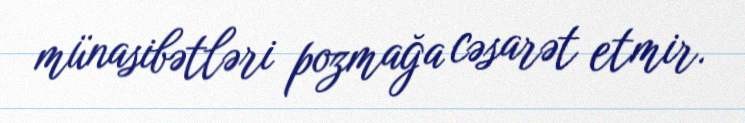
münasibətləri pozmağa cəsarət etmir.